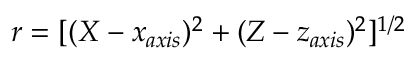
r = [ ( X - x _ { a x i s } ) ^ { 2 } + ( Z - z _ { a x i s } ) ^ { 2 } ] ^ { 1 / 2 }